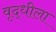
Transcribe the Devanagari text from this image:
वृद्धीला